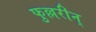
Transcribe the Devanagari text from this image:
फुल्लरीन्